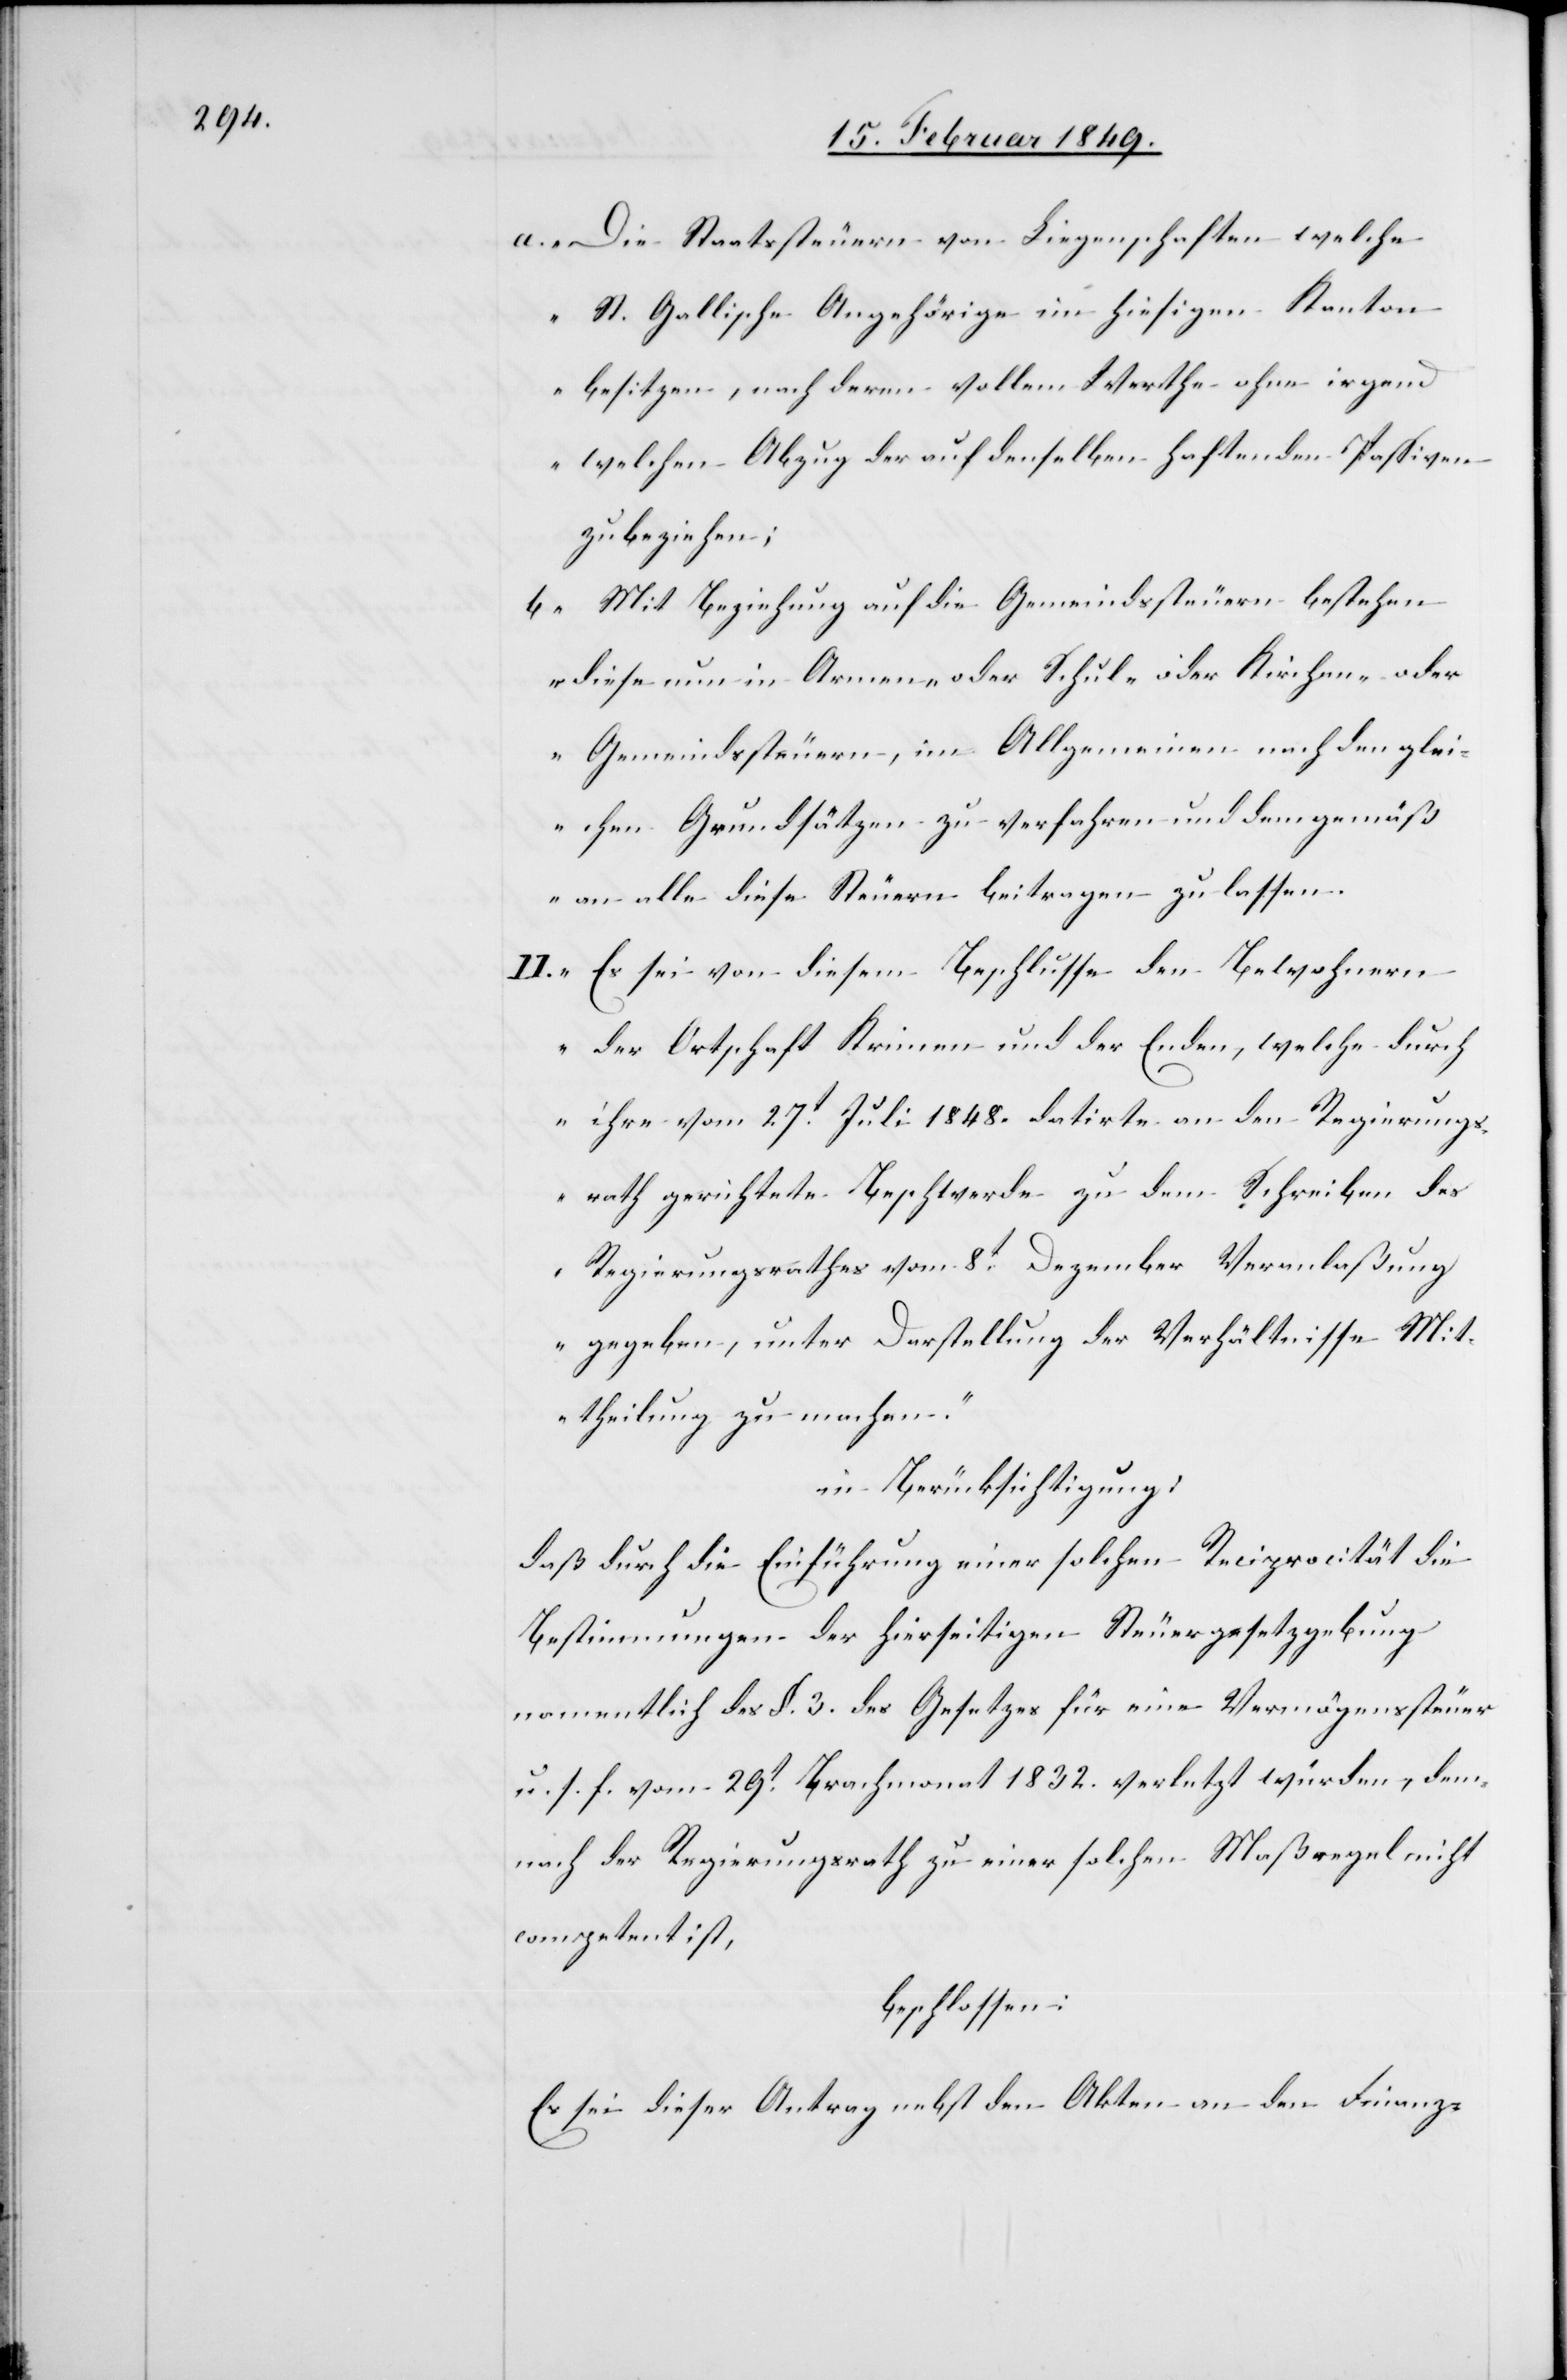
a. Die Staatssteuern von Liegenschaften welche
St. Gallische Angehörige im hiesigen Kanton
besitzen, nach deren vollem Werthe ohne irgen¬
d welchen Abzug der auf denselben haftenden Passiven
zu beziehen;
b. Mit Beziehung auf die Gemeindssteuern bestehen
diese nun in Armen- oder Schul- oder Kirchen- oder
Gemeindssteuern, im Allgemeinen nach den glei¬
chen Grundsätzen zu verfahren und demgemäß
an alle diese Steuern beitragen zu lassen.
II. Es sei von diesem Beschlusse den Bewohnern
der Ortschaft Krinau und der Enden, welche durch
ihre vom 27t. Juli 1848. datirte an den Regierungs¬
rath gerichtete Beschwerde zu dem Schreiben des
Regierungsrathes vom 8t. Dezember Veranlaßung
gegeben, unter Darstellung der Verhältnisse Mit¬
theilung zu machen.“
in Berücksichtigung:
daß durch die Einführung einer solchen Reciprocität die
Bestimmungen der hierseitigen Steuergesetzgebung
namentlich des §. 3. des Gesetzes für eine Vermögenssteuer
u. s. f. vom 29t. Brachmonat 1832. verletzt würden, dem¬
nach der Regierungsrath zu einer solchen Maßregel nicht
competent ist,
beschlossen:
Es sei dieser Antrag nebst den Akten an den Finanz-